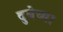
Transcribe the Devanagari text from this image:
दुबेच्या